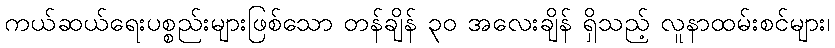
ကယ်ဆယ်ရေးပစ္စည်းများဖြစ်သော တန်ချိန် ၃၀ အလေးချိန် ရှိသည့် လူနာထမ်းစင်များ၊